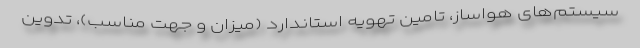
سیستم‌های هواساز، تامین تهویه استاندارد (میزان و جهت مناسب)، تدوین